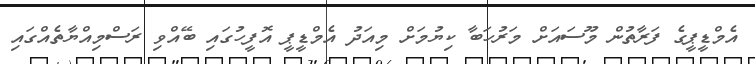
އެމްޑީޕީގެ ފަރާތުން މޫސައަށް މަރުހަބާ ކިޔުމަށް މިއަދު އެމްޑީޕީ އޮފީހުގައި ބޭއްވި ރަސްމިއްޔާތެއްގައި